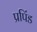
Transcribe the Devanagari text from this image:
प्रपिंड